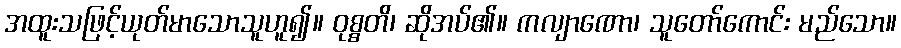
အထူးသဖြင့်ယုတ်မာသောသူဟူ၍။ ဝုစ္စတိ၊ ဆိုအပ်၏။ ကလျာဏော၊ သူတော်ကောင်း မည်သော။